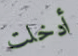
أدخلت